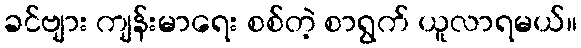
ခင်ဗျား ကျန်းမာရေး စစ်တဲ့ စာရွက် ယူလာရမယ်။